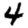
Digit: 4